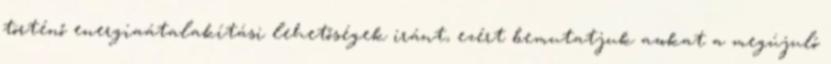
történő energiaátalakítási lehetőségek iránt, ezért bemutatjuk azokat a megújuló